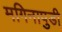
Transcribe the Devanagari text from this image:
मगिनापुडी